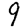
Digit: 9